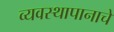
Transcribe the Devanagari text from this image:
व्यवस्थापानाचे